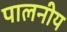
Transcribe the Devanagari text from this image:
पालनीय